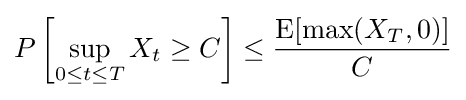
P\left[\sup _{0\leq t\leq T}X_{t}\geq C\right]\leq {\frac {\operatorname {E} [{\textrm {max}}(X_{T},0)]}{C}}